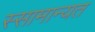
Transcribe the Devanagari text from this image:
स्सामान्यत